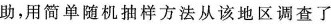
助，用简单随机抽样方法从该地区调查了